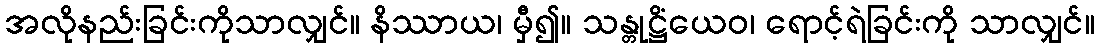
အလိုနည်းခြင်းကိုသာလျှင်။ နိဿာယ၊ မှီ၍။ သန္တုဋ္ဌိံယေဝ၊ ရောင့်ရဲခြင်းကို သာလျှင်။